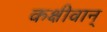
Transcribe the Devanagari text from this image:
कक्षीवान्